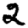
Digit: 2